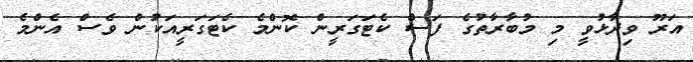
އަރޫ ވިދާޅުވީ މި މުބާރާތުގެ ފަސް ކެޓަގަރީން ކޮންމެ ކެޓަގަރީއަކުން ވެސް އެންމެ